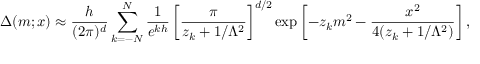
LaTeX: \Delta ( m ; x ) \approx \frac { h } { ( 2 \pi ) ^ { d } } \sum _ { k = - N } ^ { N } \frac { 1 } { e ^ { k h } } \left[ \frac { \pi } { z _ { k } + 1 / \Lambda ^ { 2 } } \right] ^ { d / 2 } \exp \left[ - z _ { k } m ^ { 2 } - \frac { x ^ { 2 } } { 4 ( z _ { k } + 1 / \Lambda ^ { 2 } ) } \right] ,